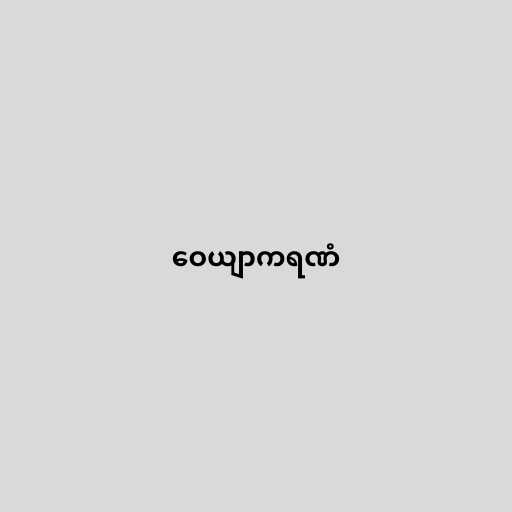
ဝေယျာကရဏံ